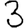
Digit: 3